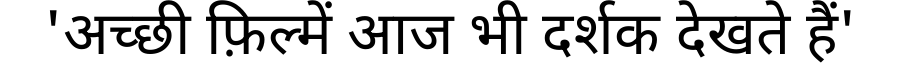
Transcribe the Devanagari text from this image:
'अच्छी फ़िल्में आज भी दर्शक देखते हैं'